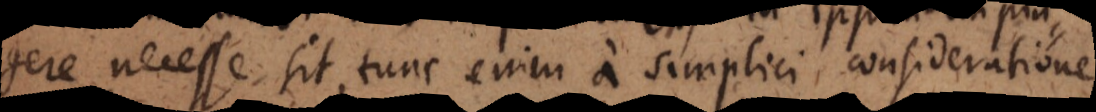
impingere necesse sit, tunc enim a simplici consideratione